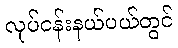
လုပ်ငန်းနယ်ပယ်တွင်